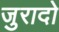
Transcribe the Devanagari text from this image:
जुरादो